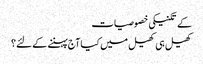
کے تکنیکی خصوصیات
کھیل ہی کھیل میں کیا آج پہننے کے لئے؟